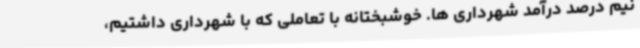
نیم درصد درآمد شهرداری ها. خوشبختانه با تعاملی که با شهرداری داشتیم،